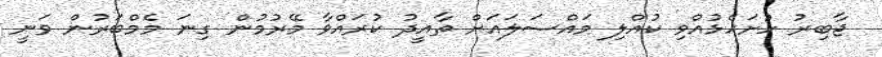
ޖާބިރު ހުށަހެޅުއްވި ކުއްލި މައްސަލައަށް ތާއީދު ކުރައްވާ މޭރުމުން ގިނަ މެމްބަރުން ވަނީ